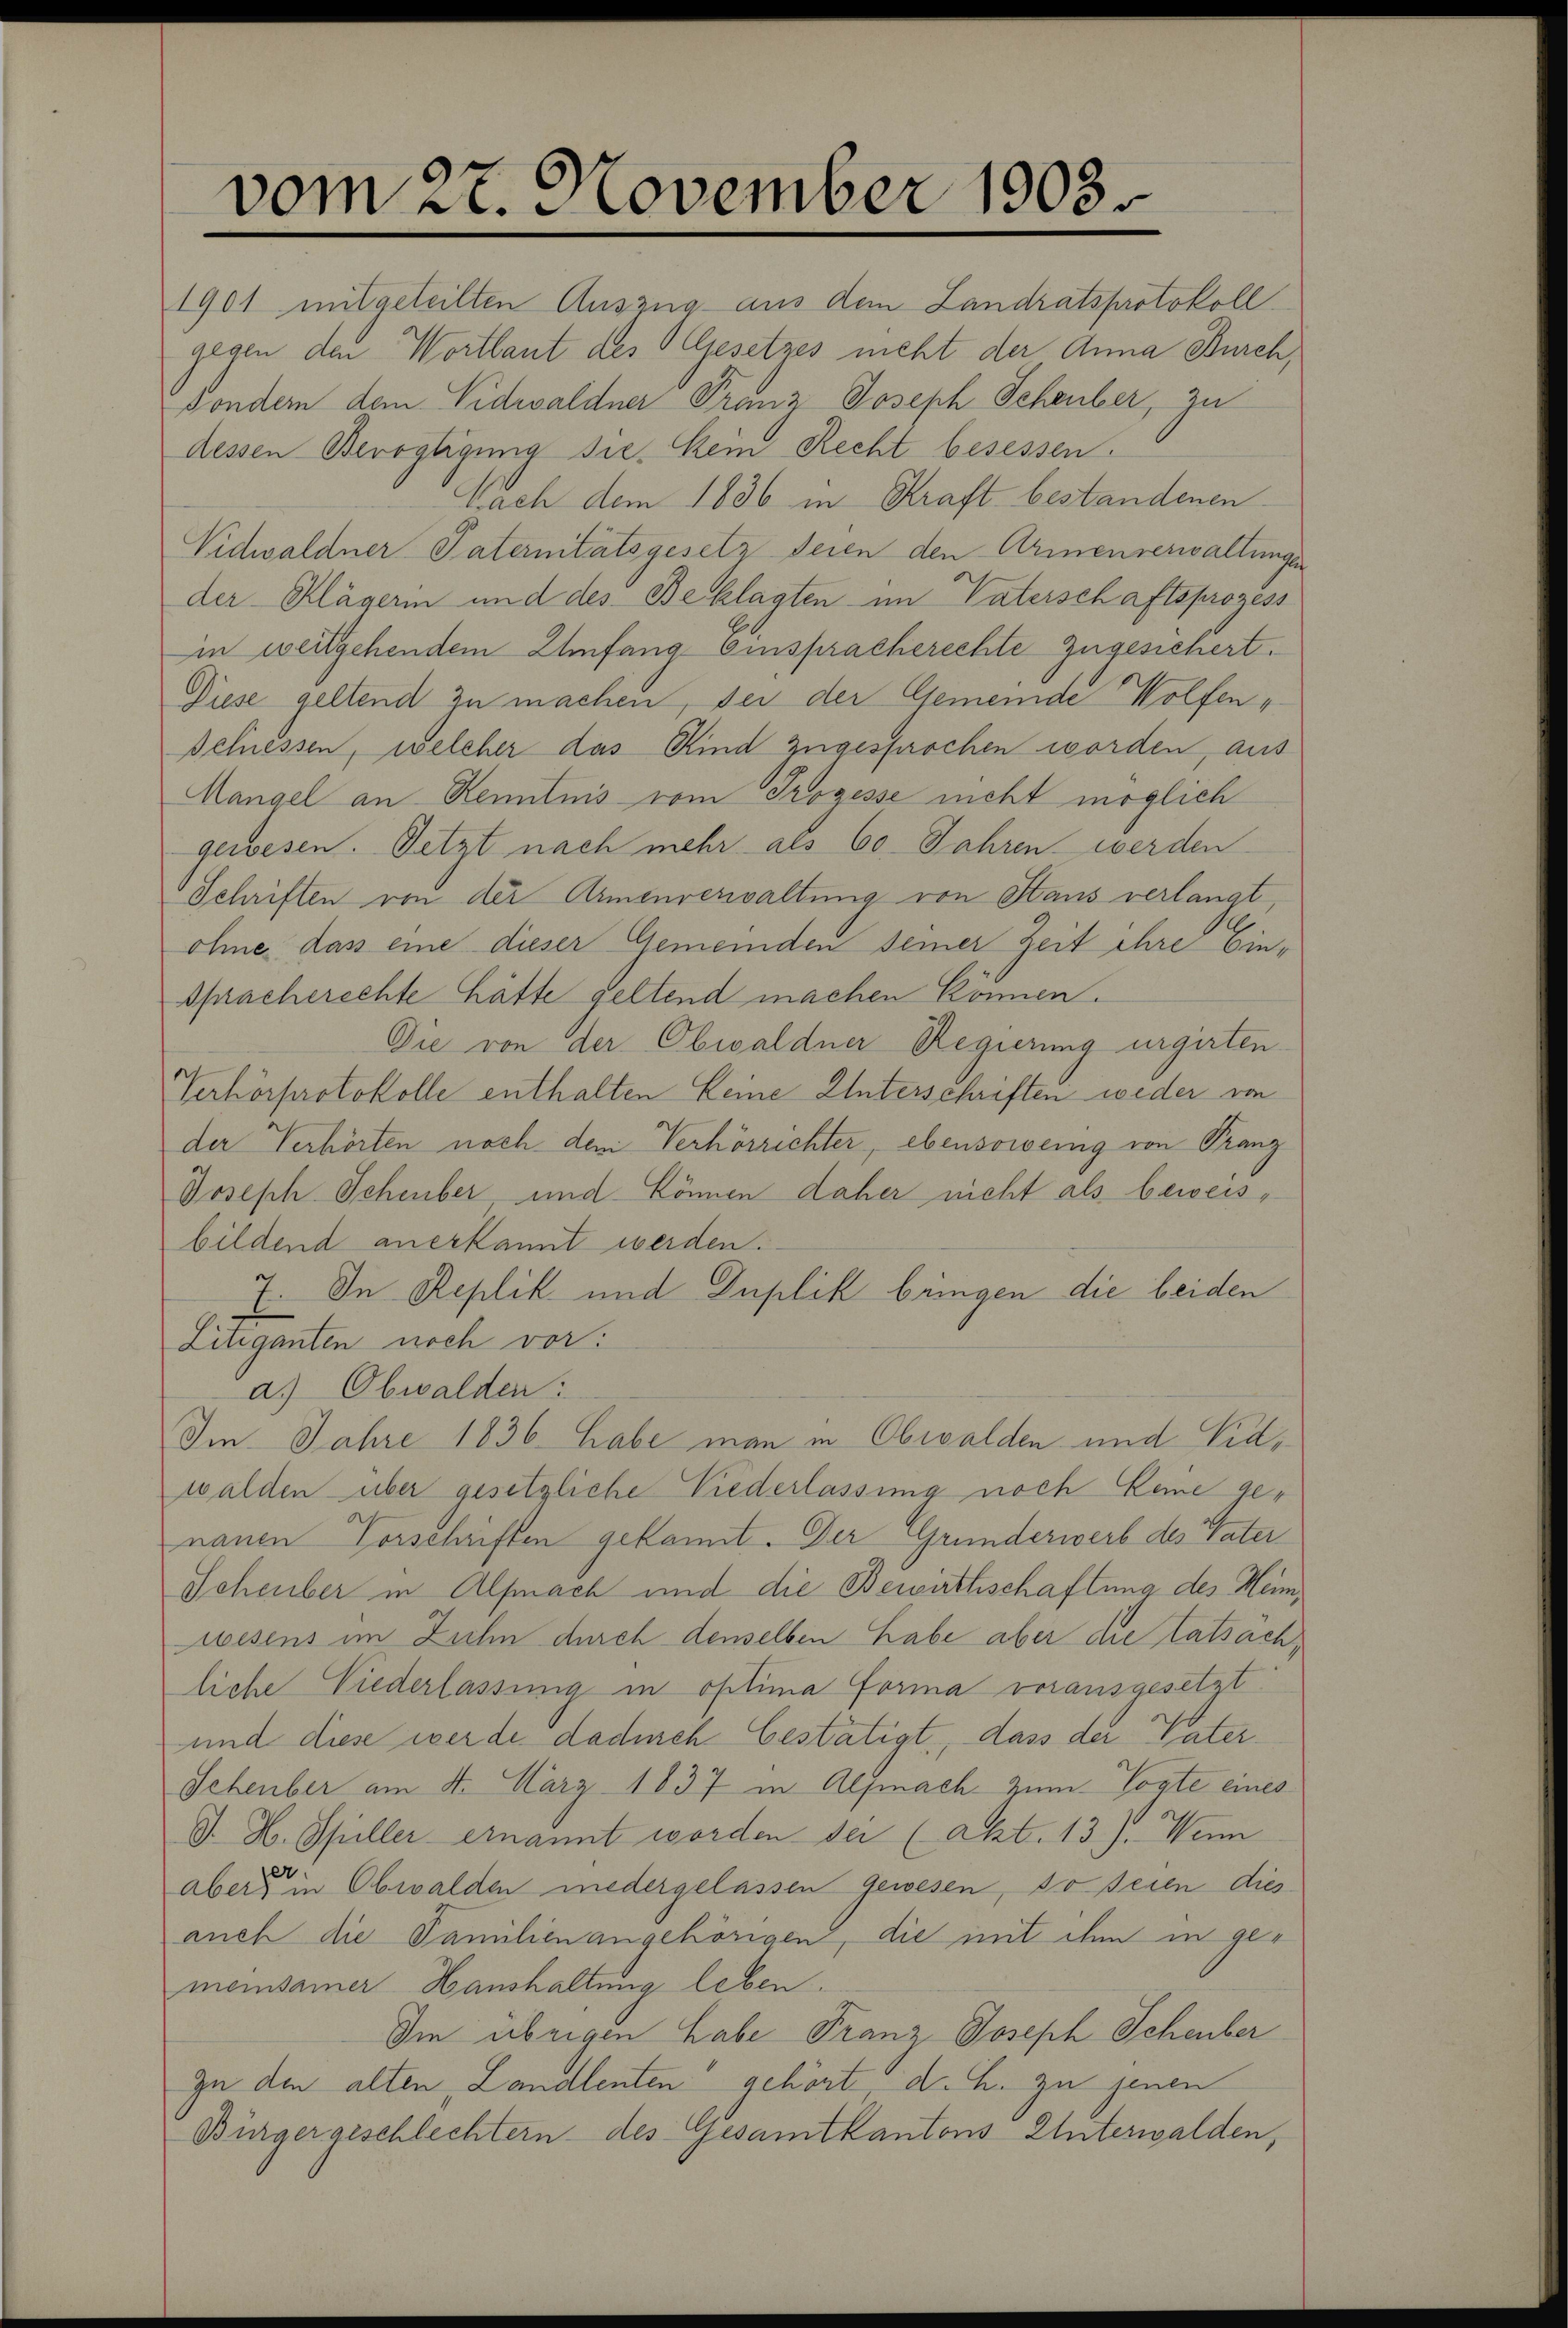
vom 27. November 1903.

1901 mitgeteilten Auszug aus dem Landratsprotokoll
gegen den Wortlaut des Gesetzes nicht der Anna Burch,
Fondern dem Vidwaldner Franz Joseph Schenber zu
dessen Bevogtigung sie kein Recht besessen.
nach dem 1836 in Kraft bestandenen
Vidwaldner Paternitätsgesetz seien den Armenverwaltungen
der Klägerin und des Beklagten im Vaterschaftsprozess
in weitgehendem Enfang einspracherechte zugesichert.
Diese geltend zu machen, der der Gemeinde Wolfen v
schnessen, welcher das Kind zugesprochen worden, aus
Mangel an Kenntnis vom Prozesse nicht möglich
gewesen. Setzt nach mehr als 60 Jahren werden
Schriften von der Armenverwaltung von Staus verlangt,
ohne dass eine dieser Gemeinden seiner Zeit ihre Ein¬
Spracherechte hätte geltend machen können.
Die von der Obwaldner Regierung urgirten
Verhörprotokolle enthalten keine Unterschriften weder von
der Verhörten noch dem Verhörrichter, ebensowenig von Franz
Joseph Scheuber, und können daher nicht als beweisbildend anerkannt werden.
7. In Replik und Duplik bringen die beiden
Litiganten noch vor:
a.) Obwalden:
Im Jahre 1836. Habe man in Obwalden und Eidwalden über gesetzliche Niederlassung noch keine genauen Vorschriften gekannt. Der Grundeswerb des Vater
Scheuber in Alfnach und die Bewirthschaftung des Heinwesens im Ziehn durch denselben habe aber die Tatsachliche Niederlassung in optima Forma vorausgesetzt
und diese werde dadurch bestätigt, dass der Vater¬
Schenber am 4. März 1837 in Alpnach zum Torte eines
J. H. Spiller ernannt worden sei (Akt. 13. J. Wenn
aber in Obwalden niedergelassen gewesen, so seien dies
auch die Familien angehörigen, die mit ihn in gemeinsamer Hanshaltung leben.
Im übrigen habe Franz Joseph Schenber
In den alten Landlenten gehört, d. h. zu jenen
Bürgergeschlechtern des Gesamtkantons Unterwalden,